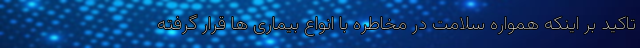
تاکید بر اینکه همواره سلامت در مخاطره با انواع بیماری ها قرار گرفته